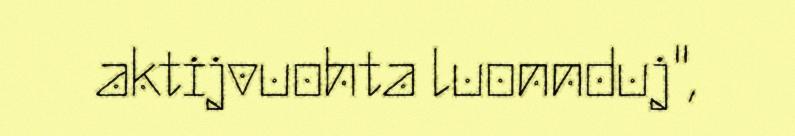
aktijvuohta luonnduj",